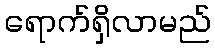
ရောက်ရှိလာမည်